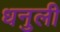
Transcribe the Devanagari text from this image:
धनुली